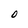
Character: O